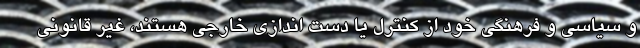
و سیاسی و فرهنگی خود از کنترل یا دست اندازی خارجی هستند، غیر قانونی